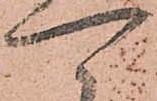
可